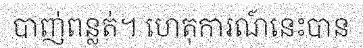
បាញ់ពន្លត់។ ហេតុការណ៍នេះបាន